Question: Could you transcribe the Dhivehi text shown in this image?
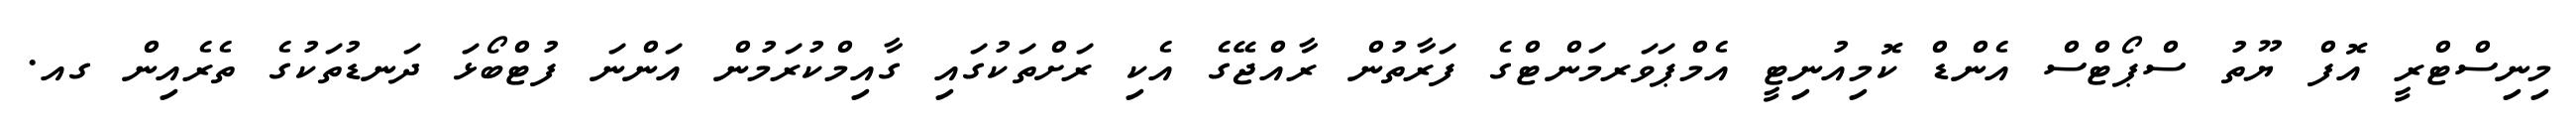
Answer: މިނިސްޓްރީ އޮފް ޔޫތު ސްޕޯޓްސް އެންޑް ކޮމިއުނިޓީ އެމްޕަވަރމަންޓްގެ ފަރާތުން ރާއްޖޭގެ އެކި ރަށްތަކުގައި ގާއިމްކުރަމުން އަންނަ ފުޓްބޯޅަ ދަނޑުތަކުގެ ތެރެއިން ގއ.